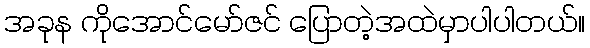
အခုန ကိုအောင်မော်ဇင် ပြောတဲ့အထဲမှာပါပါတယ်။